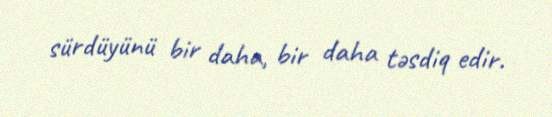
sürdüyünü bir daha, bir daha təsdiq edir.